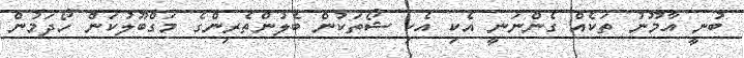
ބުނީ އާމޫނު ތަކެއް ގެންނަނީ އެކި އެކި ޝޯތަކުން ބެލުންތެރިންގެ މަގްބޫލުކަން ހޯދަމުން